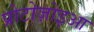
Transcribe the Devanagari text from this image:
प्रोटोज़ोइआ